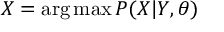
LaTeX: X = \arg \operatorname* { m a x } P ( X | Y , \theta )